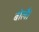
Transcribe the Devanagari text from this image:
बोलै।